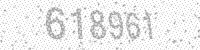
Solution: 618961